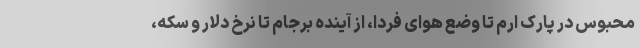
محبوس در پارک ارم تا وضع هوای فردا، از آینده برجام تا نرخ دلار و سکه،